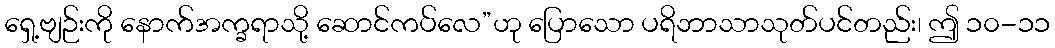
ရှေ့ဗျဉ်းကို နောက်အက္ခရာသို့ ဆောင်ကပ်လေ”ဟု ပြောသော ပရိဘာသာသုတ်ပင်တည်း၊ ဤ ၁၀-၁၁